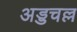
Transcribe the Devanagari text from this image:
अड्डचल्ल